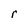
Character: r